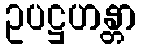
ဥပဋ္ဌဟန္တာ